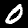
Digit: 0